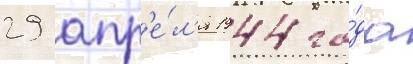
29 апр'е́л'я 1944 го́да